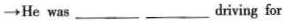
→He was ___ ___ diving for